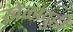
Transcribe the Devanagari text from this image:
खेळादुही